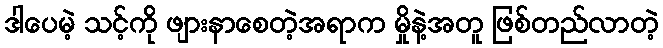
ဒါပေမဲ့ သင့်ကို ဖျားနာစေတဲ့အရာက မှိုနဲ့အတူ ဖြစ်တည်လာတဲ့